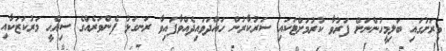
މިރަށުގައި ބަލިމީހުންނަށް ފަރުވާ ކުރުމަށްޓަކައި ސަރުކާރުން ހައްދަވައިދެއްވާފައިވާ ރަނގަޅު ފެންވަރެއްގެ ސިއްޙީ މަރުކަޒަކާއި